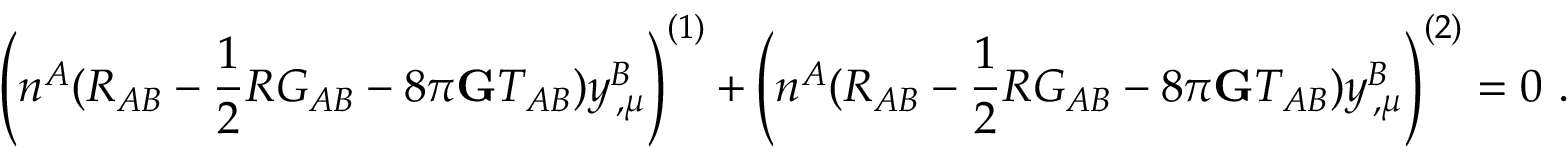
\left( n ^ { A } ( { \cal R } _ { A B } - \frac { 1 } { 2 } { \cal R } G _ { A B } - 8 \pi { \bf G } { \cal T } _ { A B } ) y _ { \, , \mu } ^ { B } \right) ^ { ( 1 ) } + \left( n ^ { A } ( { \cal R } _ { A B } - \frac { 1 } { 2 } { \cal R } G _ { A B } - 8 \pi { \bf G } { \cal T } _ { A B } ) y _ { \, , \mu } ^ { B } \right) ^ { ( 2 ) } = 0 ~ .